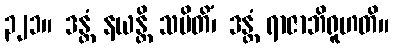
၃၂၁။ ဒန္တံ နယန္တိ သမိတိံ၊ ဒန္တံ ရာဇာဘိရူဟတိ။